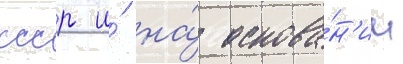
ссср и́ на́ основа́н'ии